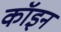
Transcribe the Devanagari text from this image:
कॉइन